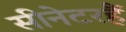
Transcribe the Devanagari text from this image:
सीनेटरहैं